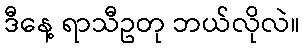
ဒီနေ့ ရာသီဥတု ဘယ်လိုလဲ။